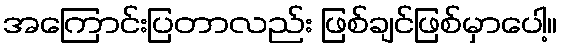
အကြောင်းပြတာလည်း ဖြစ်ချင်ဖြစ်မှာပေါ့။